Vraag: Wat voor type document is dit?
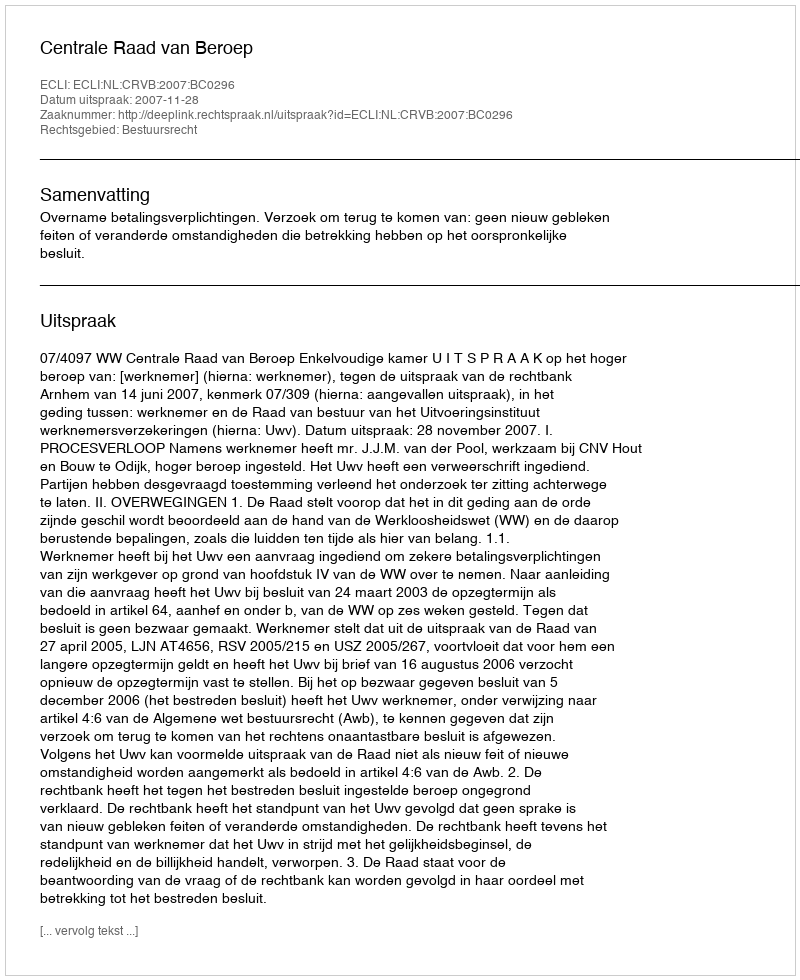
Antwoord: Uitspraak